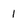
Character: 1